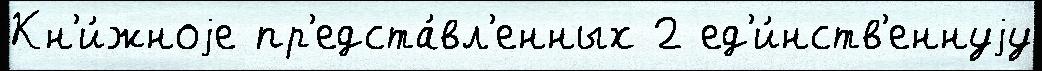
Кн'и́жноjе пр'едста́вл'енных 2 ед'и́нств'еннуjу